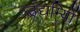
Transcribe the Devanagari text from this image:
उद्यम्यिों